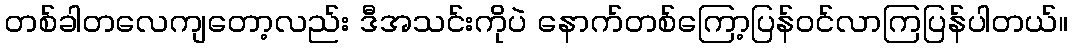
တစ်ခါတလေကျတော့လည်း ဒီအသင်းကိုပဲ နောက်တစ်ကြော့ပြန်ဝင်လာကြပြန်ပါတယ်။